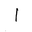
Letter: _alif